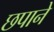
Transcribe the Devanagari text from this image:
छपाने